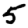
Digit: 5